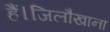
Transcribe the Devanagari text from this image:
हैं।जिलौखाना